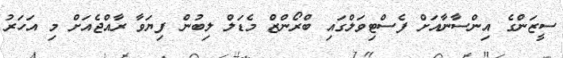
ސީޒަންގެ އިންސާނާއަށް ފެސްޓިވަލްގައި ބްރޯންޒް މެޑަލް ލިބުން ފިޔަވާ ރާއްޖެއަށް މި އަހަރު